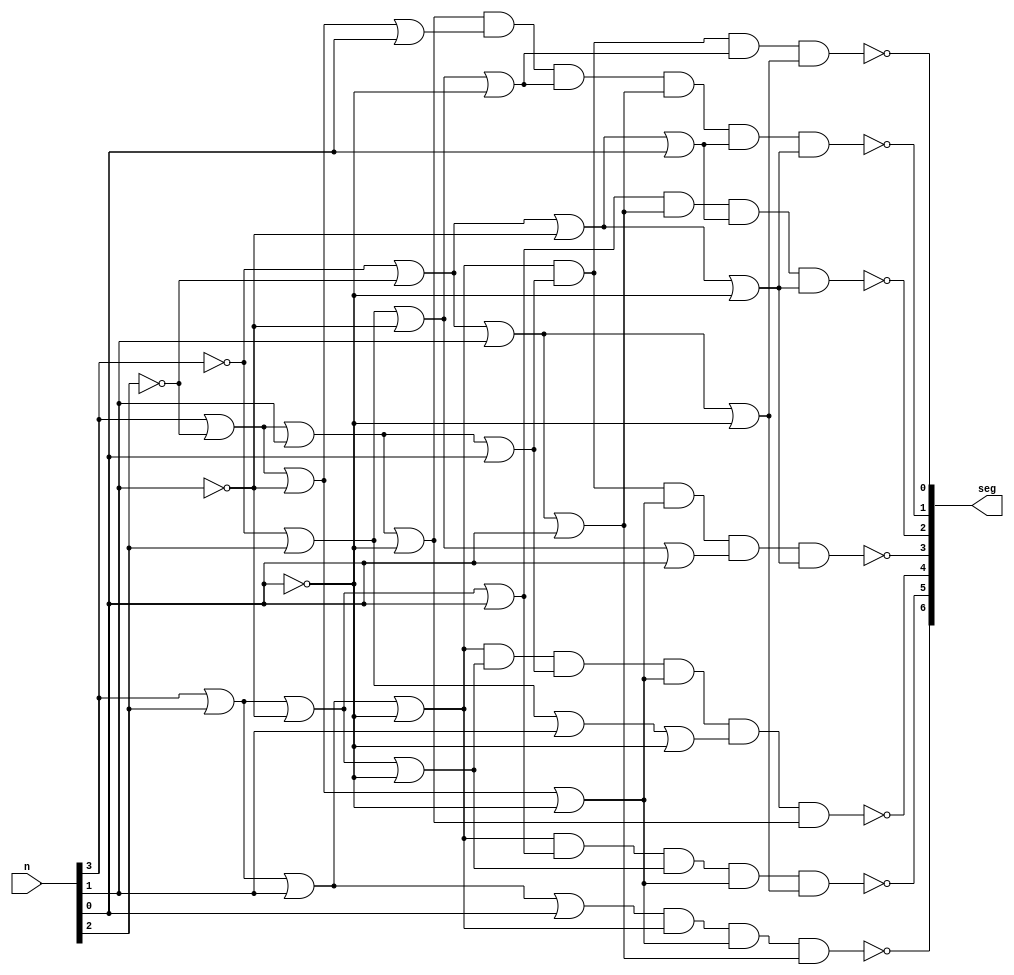
`timescale 1ns / 1ps
//////////////////////////////////////////////////////////////////////////////////
// Company: 
// Engineer: 
// 
// Design Name: 
// Module Name: SSDconverter
// Project Name: 
// Target Devices: 
// Tool Versions: 
// Description: 
// 
// Dependencies: 
// 
// Revision:
// Revision 0.01 - File Created
// Additional Comments:
// 
//////////////////////////////////////////////////////////////////////////////////


module hex7seg(
    input [3:0] n,
    output [6:0] seg
    );
    
   
    wire v0, v1, v2, v3, v4, v5, v6;
    
    assign v0 = (n[3]|n[2]|n[1]|~n[0])&(n[3]|~n[2]|n[1]|n[0])&(~n[3]|n[2]|~n[1]|~n[0])&(~n[3]|~n[2]|n[1]|~n[0]);
    assign v1 = (n[3]|~n[2]|n[1]|~n[0])&(n[3]|~n[2]|~n[1]|n[0])&(~n[3]|n[2]|~n[1]|~n[0])&(~n[3]|~n[2]|n[1]|n[0])&(~n[3]|~n[2]|~n[1]|n[0])&(~n[3]|~n[2]|~n[1]|~n[0]);
    assign v2 = (n[3]|n[2]|~n[1]|n[0])&(~n[3]|~n[2]|n[1]|n[0])&(~n[3]|~n[2]|~n[1]|n[0])&(~n[3]|~n[2]|~n[1]|~n[0]);
    assign v3 = (n[3]|n[2]|n[1]|~n[0])&(n[3]|~n[2]|n[1]|n[0])&(n[3]|~n[2]|~n[1]|~n[0])&(~n[3]|n[2]|~n[1]|n[0])&(~n[3]|~n[2]|~n[1]|~n[0]);
    assign v4 = (n[3]|n[2]|n[1]|~n[0])&(n[3]|n[2]|~n[1]|~n[0])&(n[3]|~n[2]|n[1]|n[0])&(n[3]|~n[2]|~n[1]|~n[0])&(~n[3]|n[2]|n[1]|~n[0])&(n[3]|~n[2]|n[1]|~n[0]);
    assign v5 = (n[3]|n[2]|n[1]|~n[0])&(n[3]|n[2]|~n[1]|n[0])&(n[3]|n[2]|~n[1]|~n[0])&(n[3]|~n[2]|~n[1]|~n[0])&(~n[3]|~n[2]|n[1]|~n[0]);
    assign v6 = (n[3]|n[2]|n[1]|n[0])&(n[3]|n[2]|n[1]|~n[0])&(n[3]|~n[2]|~n[1]|~n[0])&(~n[3]|~n[2]|n[1]|n[0]);
    
    assign seg[0] = ~v0;
    assign seg[1] = ~v1;
    assign seg[2] = ~v2;
    assign seg[3] = ~v3;
    assign seg[4] = ~v4;
    assign seg[5] = ~v5;
    assign seg[6] = ~v6;
 
endmodule